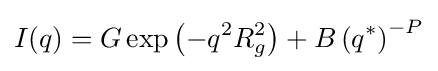
I(q)=G\exp \left(-q^{2}R_{g}^{2}\right)+B\left(q^{*}\right)^{-P}